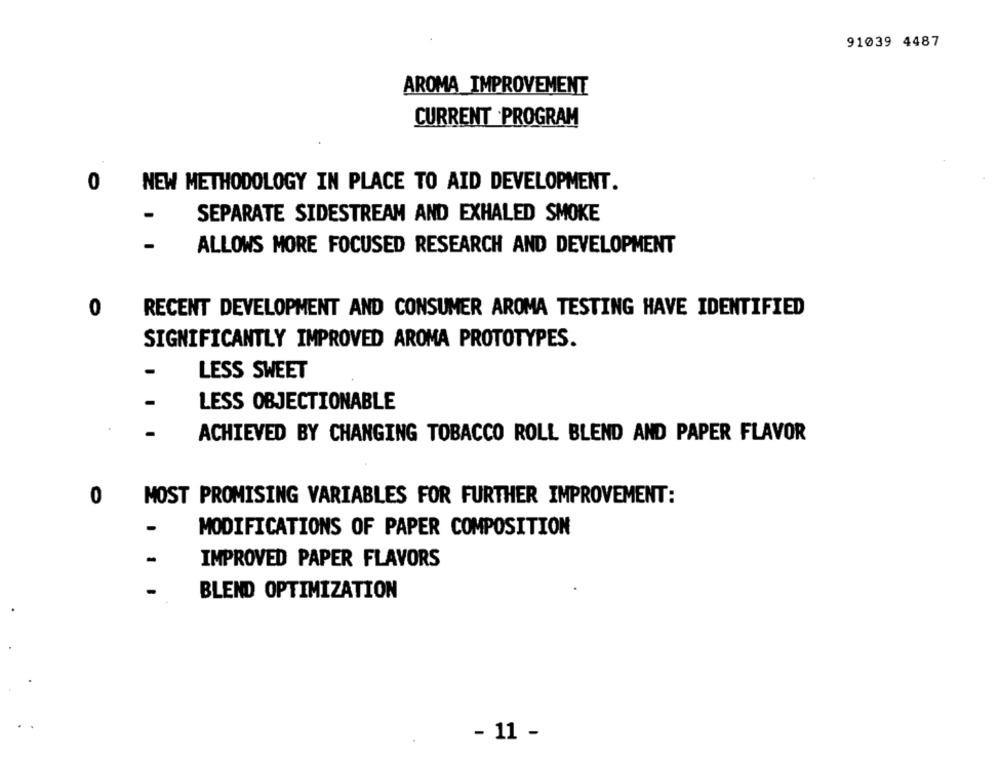
91039 4487
AROMA IMPROVEMENT
CURRENT PROGRAM
0
NEW METHODOLOGY IN PLACE TO AID DEVELOPMENT.
-
SEPARATE SIDESTREAM AND EXHALED SMOKE
ALLOWS MORE FOCUSED RESEARCH AND DEVELOPMENT
0
RECENT DEVELOPMENT AND CONSUMER AROMA TESTING HAVE IDENTIFIED
SIGNIFICANTLY IMPROVED AROMA PROTOTYPES.
LESS SWEET
-
LESS OBJECTIONABLE
ACHIEVED BY CHANGING TOBACCO ROLL BLEND AND PAPER FLAVOR
0
MOST PROMISING VARIABLES FOR FURTHER IMPROVEMENT:
MODIFICATIONS OF PAPER COMPOSITION
IMPROVED PAPER FLAVORS
BLEND OPTIMIZATION
- 11 -